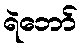
ရဲဘော်